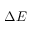
\Delta E